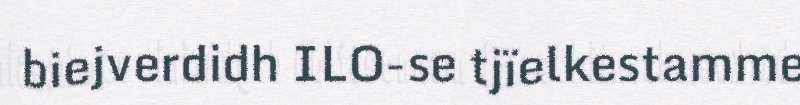
biejverdidh ILO-se tjïelkestamme